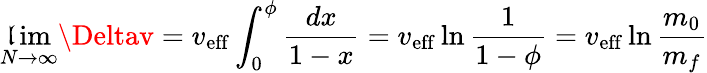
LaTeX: \operatorname*{\mathfrak{l}im}_{N\to\infty}\Deltav=v_{\mathrm{{{eff}}}}\int_{0}^{\phi}{\frac{{dx}}{{1-x}}}=v_{\mathrm{{{eff}}}}\ln{\frac{{1}}{{1-\phi}}}=v_{\mathrm{{{eff}}}}\ln{\frac{{m_{0}}}{{m_{f}}}}